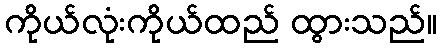
ကိုယ်လုံးကိုယ်ထည် ထွားသည်။